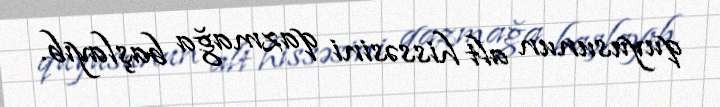
quyusunun alt hissəsini qazmağa başlayıb.